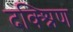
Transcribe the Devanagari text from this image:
दक्श्निण